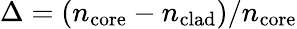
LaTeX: \Delta=(n_{\mathrm{core}}-n_{\mathrm{clad}})/n_{\mathrm{core}}